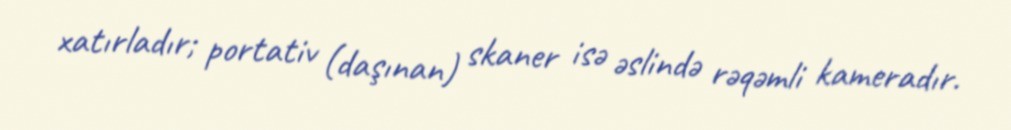
xatırladır; portativ (daşınan) skaner isə əslində rəqəmli kameradır.